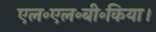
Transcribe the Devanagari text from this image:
एल॰एल॰बी॰किया।